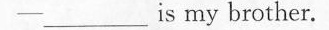
—___is my brother.